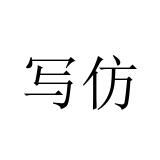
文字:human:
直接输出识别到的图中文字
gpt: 写仿